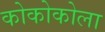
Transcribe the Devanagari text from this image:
कोकोकोला